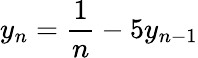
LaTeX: y_{n}={\frac{1}{n}}-5y_{n-1}